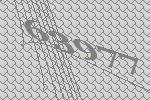
63977